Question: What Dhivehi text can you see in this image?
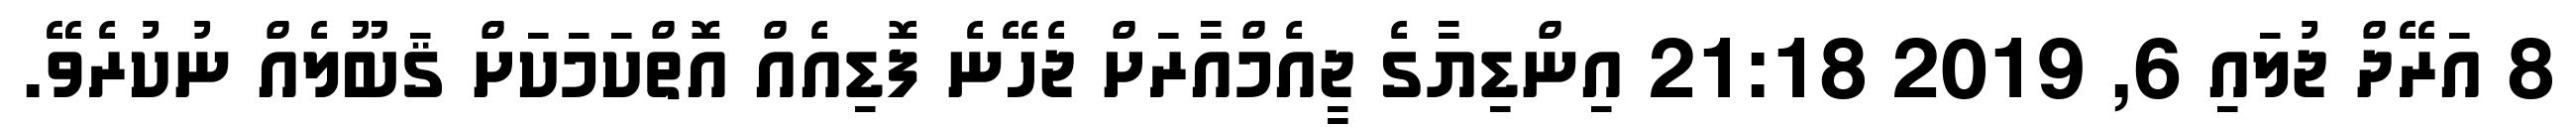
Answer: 8 އަރޭދް ޖުލައި 6, 2019 21:18 އިންޑިޔާގެ ޖީއެމްއާރަށް ޖެހޭނެ ފޮޑިއެއް އޮތްކަމަކަށް ޤަބޫލެއް ނުކުރެވޭ.